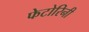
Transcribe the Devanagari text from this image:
फेटोरिनी